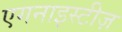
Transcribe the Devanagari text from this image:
एगनाइस्टीज़